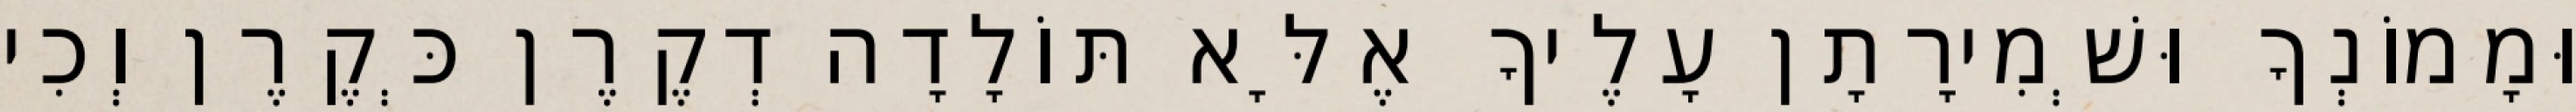
וּמָמוֹנְךָ וּשְׁמִירָתָן עָלֶיךָ אֶלָּא תּוֹלָדָה דְקֶרֶן כְּקֶרֶן וְכִי